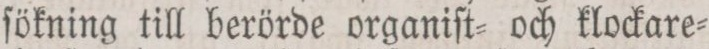
ſökning till berörde organiſt= och klockare=